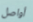
أواصل